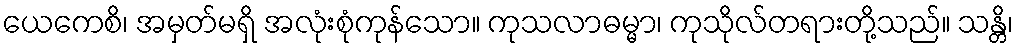
ယေကေစိ၊ အမှတ်မရှိ အလုံးစုံကုန်သော။ ကုသလာဓမ္မာ၊ ကုသိုလ်တရားတို့သည်။ သန္တိ၊